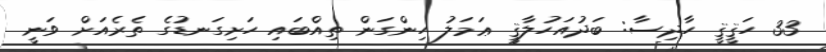
33 ހަޤީޤީ ހާދިސާ: ބަދުއަހުލާޤީ ޢަމަލު ހިންގަން ތިއްބައި ހަށިގަނޑުގެ ތެރެއަށް ވަނީ